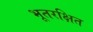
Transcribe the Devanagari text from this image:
भूतरक्षित